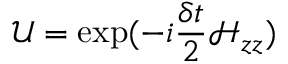
\mathcal { U } = \exp ( - i \frac { \delta t } { 2 } \mathcal { H } _ { z z } )